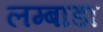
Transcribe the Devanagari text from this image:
लम्बाडा